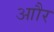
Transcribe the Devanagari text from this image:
आौर